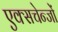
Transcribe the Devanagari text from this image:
एक्सचेन्जों